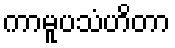
ကာမူပသံဟိတာ